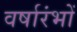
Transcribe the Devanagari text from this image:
वर्षारंभों